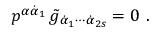
p ^ { \alpha \dot { \alpha } _ { 1 } } \, \tilde { g } _ { \dot { \alpha } _ { 1 } \cdots \dot { \alpha } _ { 2 s } } = 0 \ .